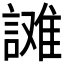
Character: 𰵄